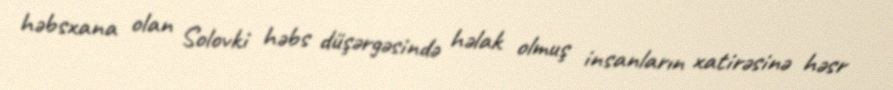
həbsxana olan Solovki həbs düşərgəsində həlak olmuş insanların xatirəsinə həsr